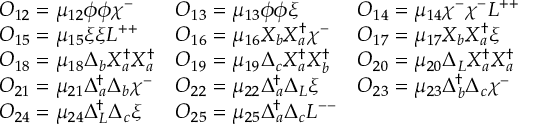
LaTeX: \begin{array} { l l l } { { { \cal O } _ { 1 2 } = \mu _ { 1 2 } \phi \phi \chi ^ { - } } } & { { { \cal O } _ { 1 3 } = \mu _ { 1 3 } \phi \phi \xi } } & { { { \cal O } _ { 1 4 } = \mu _ { 1 4 } \chi ^ { - } \chi ^ { - } L ^ { + + } } } \\ { { { \cal O } _ { 1 5 } = \mu _ { 1 5 } \xi \xi L ^ { + + } } } & { { { \cal O } _ { 1 6 } = \mu _ { 1 6 } X _ { b } X _ { a } ^ { \dagger } \chi ^ { - } } } & { { { \cal O } _ { 1 7 } = \mu _ { 1 7 } X _ { b } X _ { a } ^ { \dagger } \xi } } \\ { { { \cal O } _ { 1 8 } = \mu _ { 1 8 } \Delta _ { b } X _ { a } ^ { \dagger } X _ { a } ^ { \dagger } } } & { { { \cal O } _ { 1 9 } = \mu _ { 1 9 } \Delta _ { c } X _ { a } ^ { \dagger } X _ { b } ^ { \dagger } } } & { { { \cal O } _ { 2 0 } = \mu _ { 2 0 } \Delta _ { L } X _ { a } ^ { \dagger } X _ { a } ^ { \dagger } } } \\ { { { \cal O } _ { 2 1 } = \mu _ { 2 1 } \Delta _ { a } ^ { \dagger } \Delta _ { b } \chi ^ { - } } } & { { { \cal O } _ { 2 2 } = \mu _ { 2 2 } \Delta _ { a } ^ { \dagger } \Delta _ { L } \xi } } & { { { \cal O } _ { 2 3 } = \mu _ { 2 3 } \Delta _ { b } ^ { \dagger } \Delta _ { c } \chi ^ { - } } } \\ { { { \cal O } _ { 2 4 } = \mu _ { 2 4 } \Delta _ { L } ^ { \dagger } \Delta _ { c } \xi } } & { { { \cal O } _ { 2 5 } = \mu _ { 2 5 } \Delta _ { a } ^ { \dagger } \Delta _ { c } L ^ { -- } } } & { { } } \end{array}